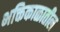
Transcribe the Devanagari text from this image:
भक्तिकाळातील